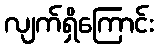
လျက်ရှိကြောင်း